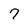
Character: 7